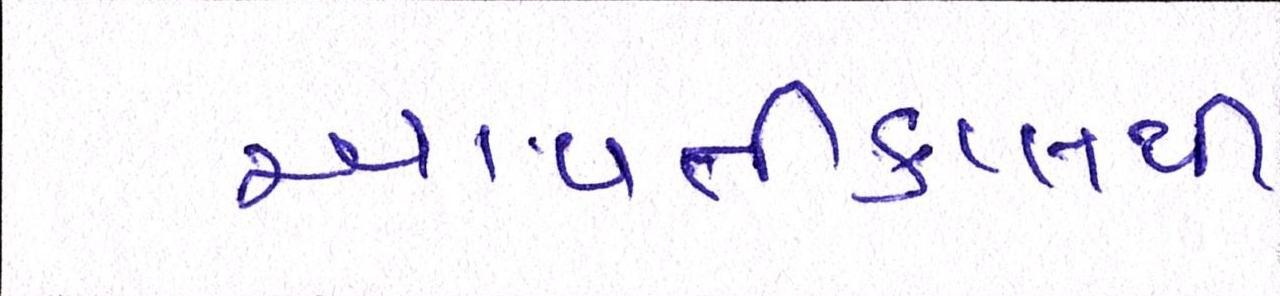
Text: આવતીકાલથી